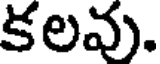
కలవు.